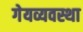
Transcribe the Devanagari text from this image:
गेयव्यवस्था